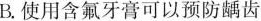
B.使用含氟牙膏可以预防龋齿